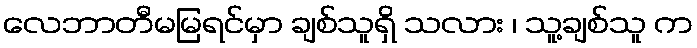
လေဘာတီမမြရင်မှာ ချစ်သူရှိ သလား ၊ သူ့ချစ်သူ က